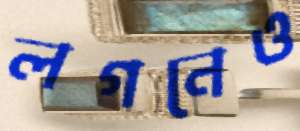
লগনেও